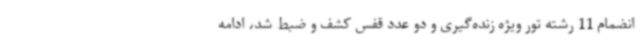
انضمام 11 رشته تور ویژه زنده‌گیری و دو عدد قفس کشف و ضبط شد، ادامه